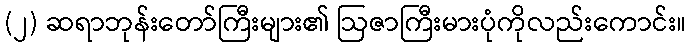
(၂) ဆရာဘုန်းတော်ကြီးများ၏ ဩဇာကြီးမားပုံကိုလည်းကောင်း။